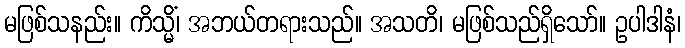
မဖြစ်သနည်း။ ကိသ္မိံ၊ အဘယ်တရားသည်။ အသတိ၊ မဖြစ်သည်ရှိသော်။ ဥပါဒါနံ၊